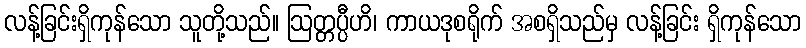
လန့်ခြင်းရှိကုန်သော သူတို့သည်။ ဩတ္တပ္ပီဟိ၊ ကာယဒုစရိုက် အစရှိသည်မှ လန့်ခြင်း ရှိကုန်သော